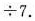
\div 7$$.